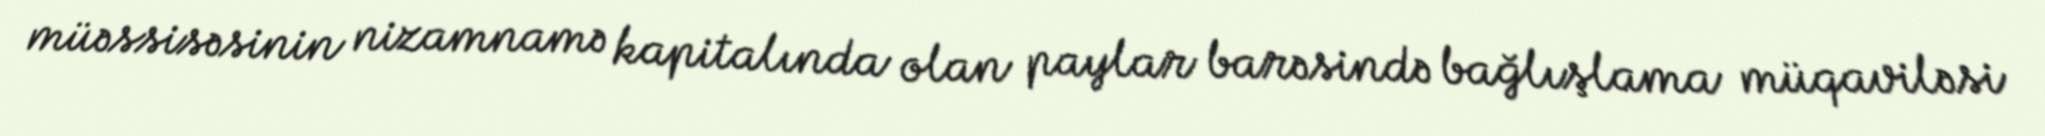
müəssisəsinin nizamnamə kapitalında olan paylar barəsində bağlışlama müqaviləsi